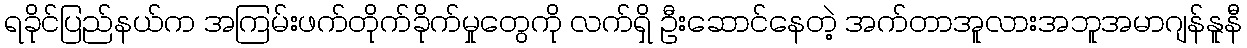
ရခိုင်ပြည်နယ်က အကြမ်းဖက်တိုက်ခိုက်မှုတွေကို လက်ရှိ ဦးဆောင်နေတဲ့ အက်တာအူလားအဘူအမာဂျန်နူနီ